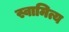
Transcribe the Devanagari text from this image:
स्वामित्य